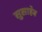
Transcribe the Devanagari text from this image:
सुसाहेब